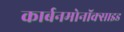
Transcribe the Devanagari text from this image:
कार्बनमोनॉक्साइड